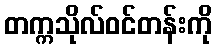
တက္ကသိုလ်ဝင်တန်းကို